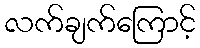
လက်ချက်ကြောင့်